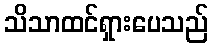
သိသာထင်ရှားပေသည်